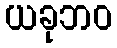
ယခုဘဝ